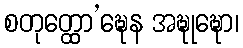
စတုတ္ထော’ဍ္ဎေန အဍ္ဎုဍ္ဎော၊